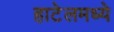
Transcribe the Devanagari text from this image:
हाटेलमध्ये